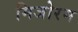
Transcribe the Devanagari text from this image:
मिजोरम